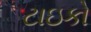
ટાઇકો